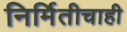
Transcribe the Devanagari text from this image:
निर्मितीचाही